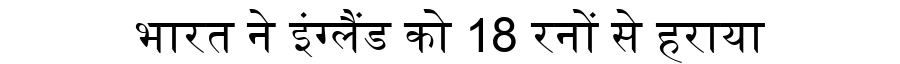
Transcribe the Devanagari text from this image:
भारत ने इंग्लैंड को 18 रनों से हराया